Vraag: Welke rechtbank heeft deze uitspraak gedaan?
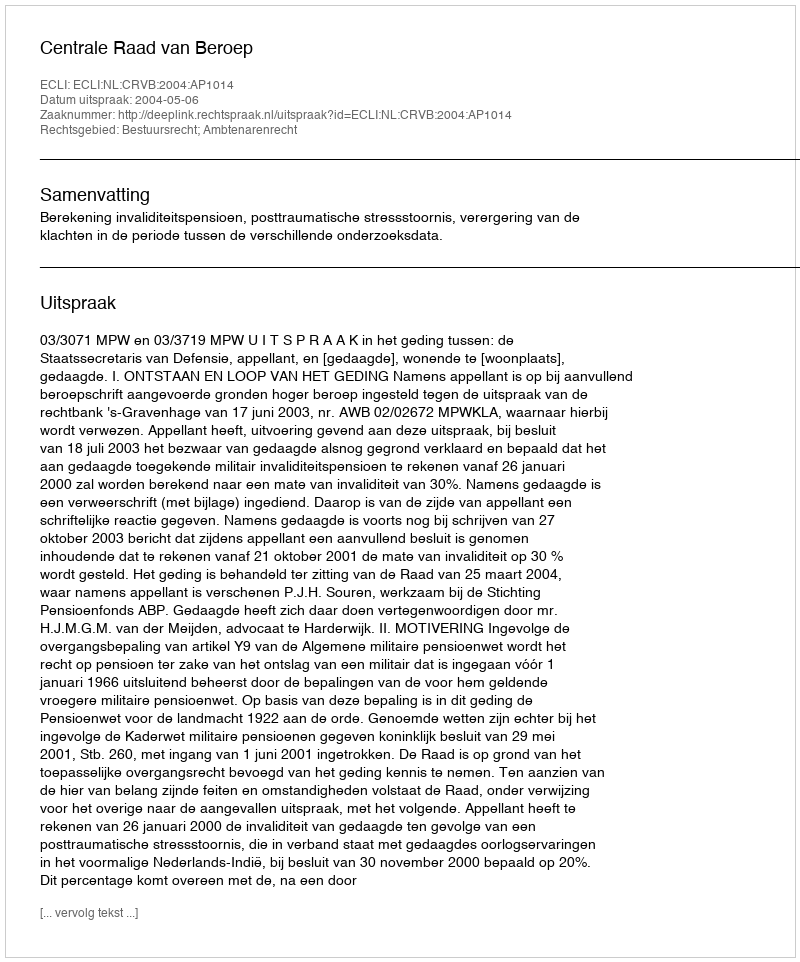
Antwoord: Centrale Raad van Beroep